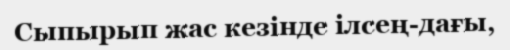
Сыпырып жас кезінде ілсең-дағы,